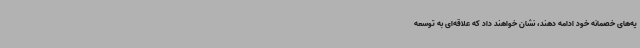
یه‌های خصمانه خود ادامه دهند، نشان خواهند داد که علاقه‌ای به توسعه